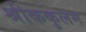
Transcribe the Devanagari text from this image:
श्रीककुलम